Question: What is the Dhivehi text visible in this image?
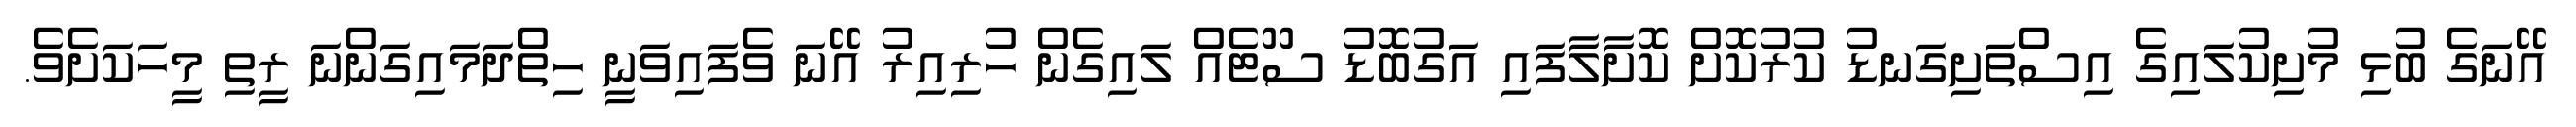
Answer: އޭނަގެ ބުޅި މުށިކުލައިގެ އިސްތަށިގަނޑު ކުރުކޮށް ކޮށާލާފައި އަގުބޮޑު ސޫޓެއް ލައިގެން ހުރިއިރު އޭނަ ވެފައިވަނީ ހިތްދަމައިގަންނަ ރީތި މީހަކަށެވެ.